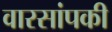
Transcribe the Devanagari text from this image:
वारसांपकी